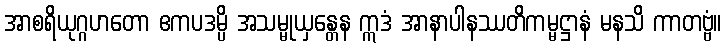
အာစရိယုဂ္ဂဟတော ဧကပဒမ္ပိ အသမ္မုယှန္တေန ဣဒံ အာနာပါနဿတိကမ္မဋ္ဌာနံ မနသိ ကာတဗ္ဗံ။